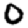
Digit: 0